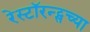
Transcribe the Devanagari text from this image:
रेस्टॉरन्ट्सच्या